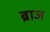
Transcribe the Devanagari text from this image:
ब्राज